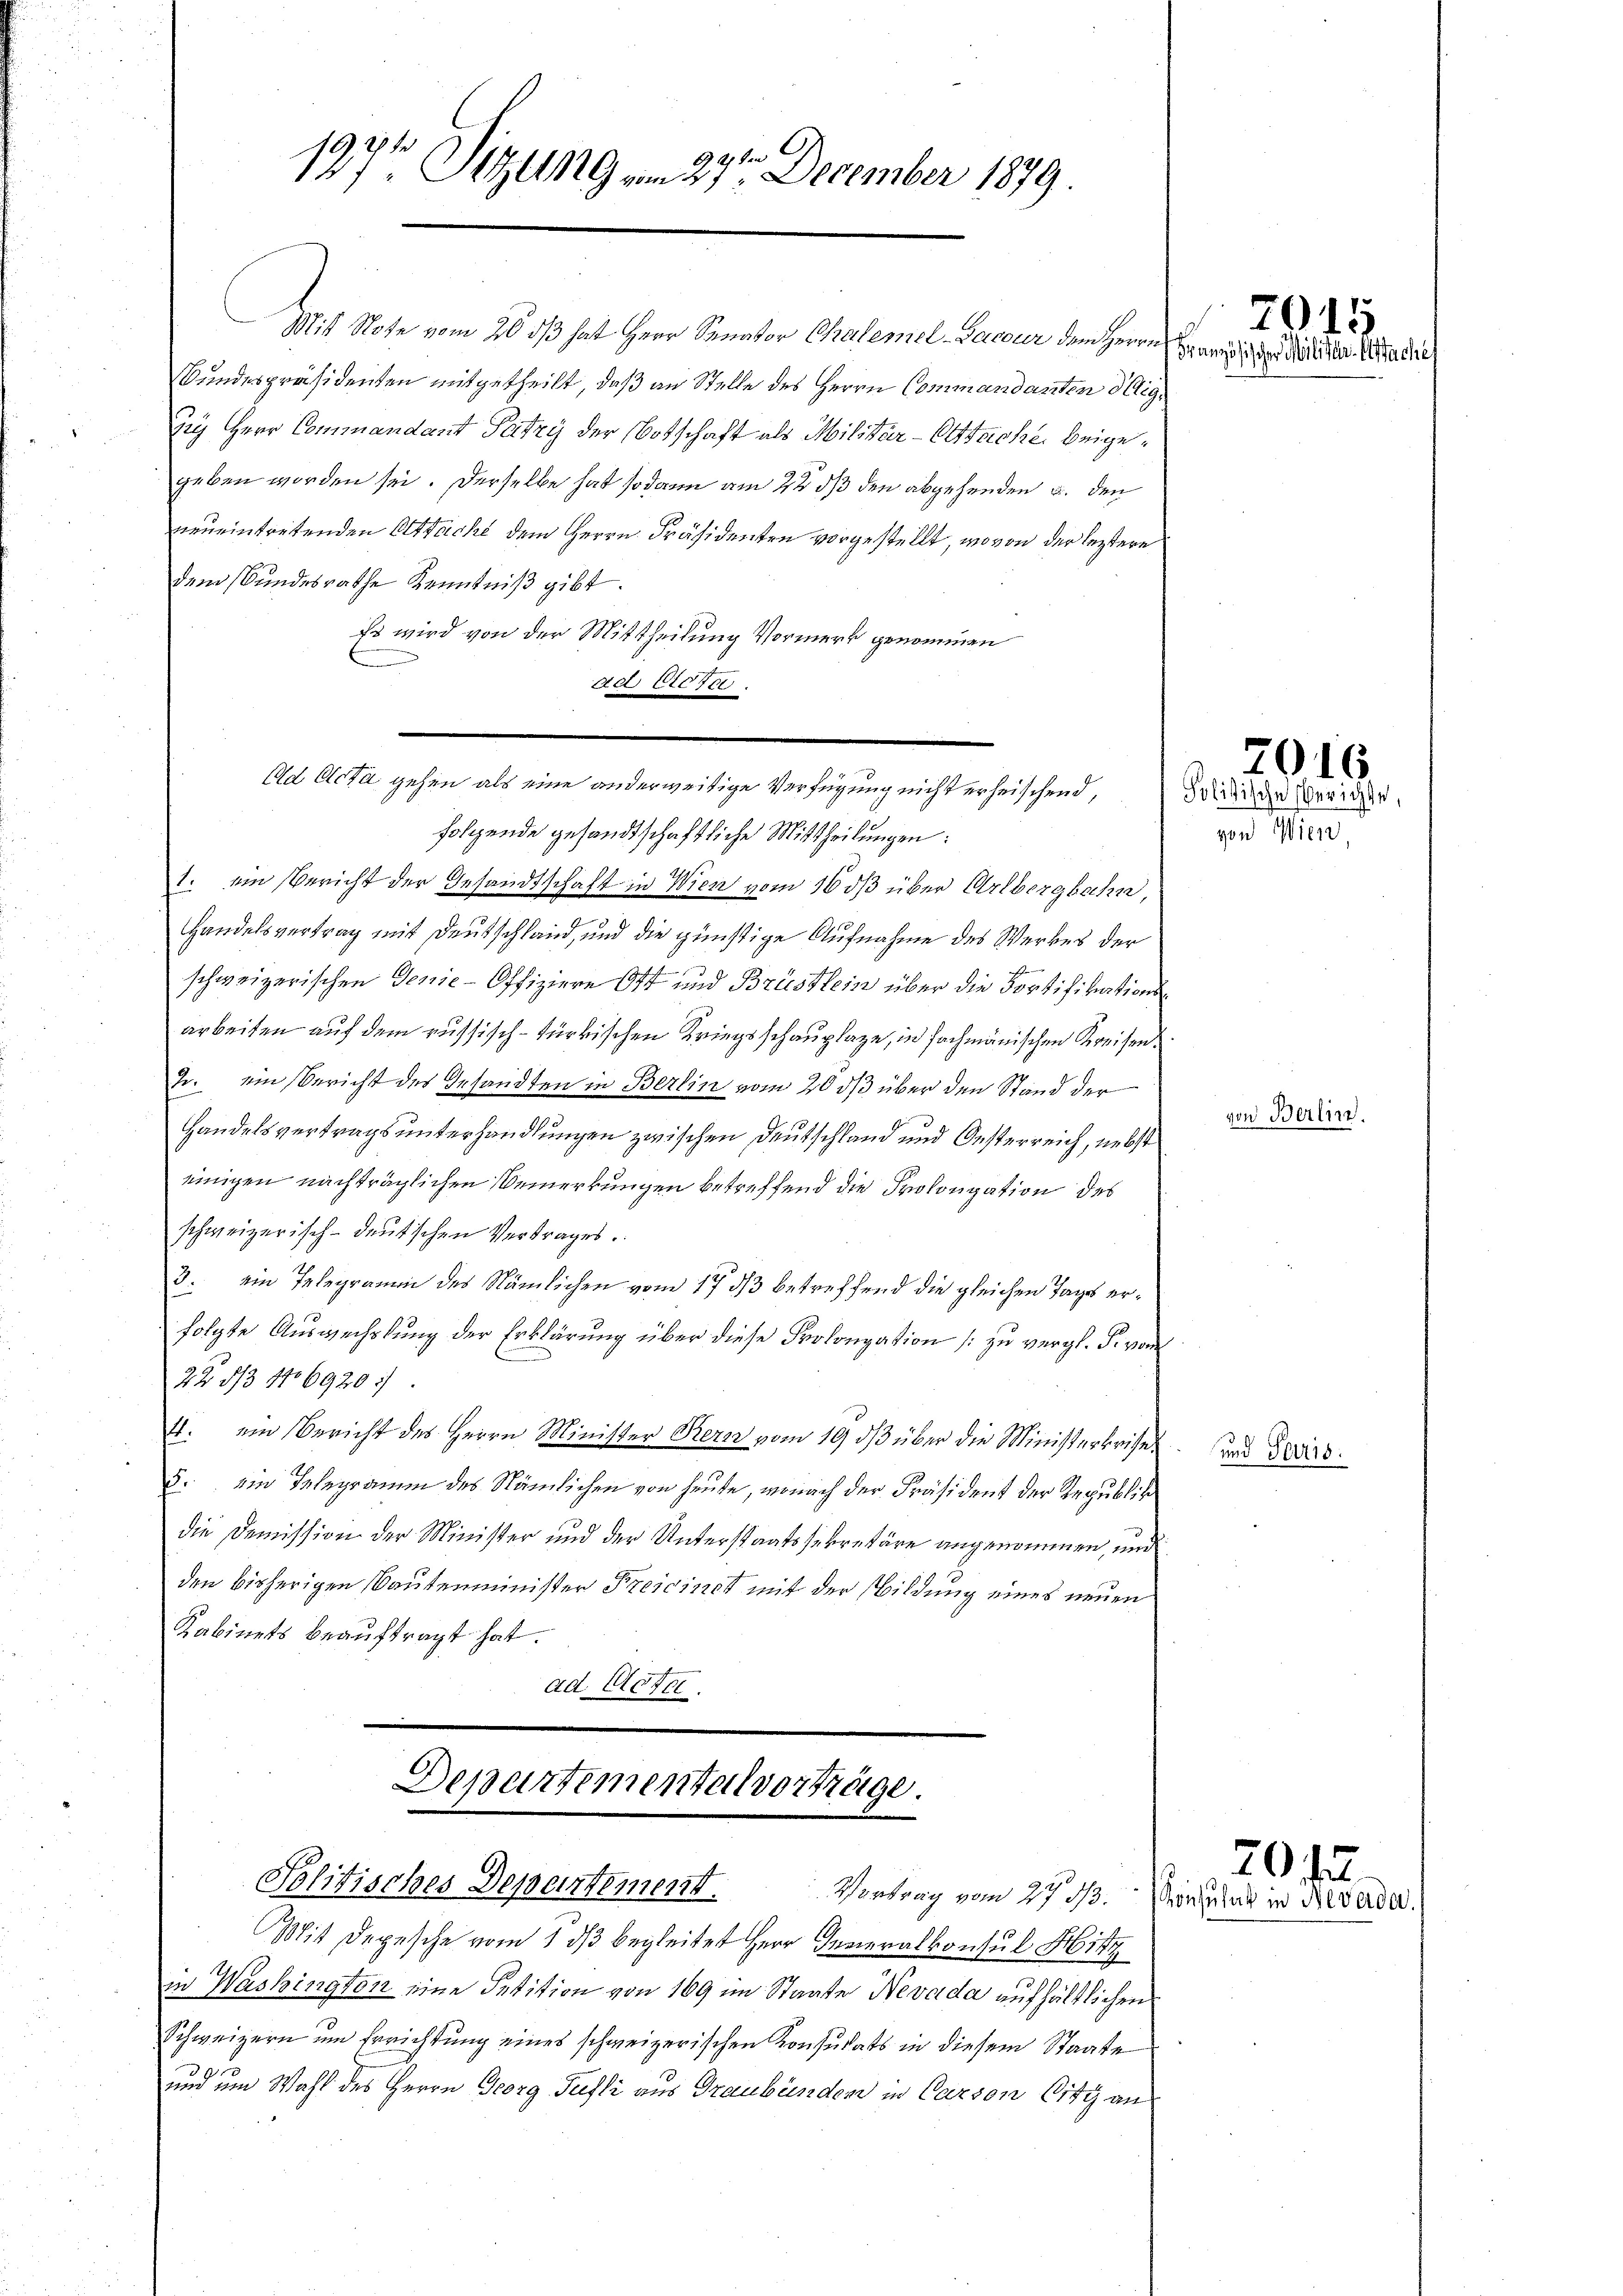
ken
197t Sitzung vom 27. December 1879.

Mit Note vom 20. ds hat Herr Senator Chalemel-Dacour dem Herrn Hand der Gulden Acta die
Bundespräsidenten mitgetheilt, daß an Stelle des Herrn Commandanten Sig¬
Zig Herr Commandant Patzy der Botschaft als Militär-Otttache, beigegeben worden sei. Derselbe hat sodann am 22. ds den abgehenden u. den
neueintretenden Attacht dem Herrn Präsidenten vorgestellt, wovon der leztere
dem Bundesrathe Kenntniß gibt.
Es wird von der Mittheilung Vormerk genommen
ad 11076.

Ad Acta gehen als eine anderweitige Verfügung nicht erheischend,

Departemental vorträge.
Politisches Departement.

folgende gesandtschaftliche Mittheilungen:
1. ein Bericht der Gesandtschaft in Wien vom 16 ds über Arlbergbahn,
Handelsvertrag mit Deutschland, und die günstige Aufnahme des Werkes der
schweizerischen Genie-Offiziere Ott und Brüstlein über die Fortifikationsarbeiten auf dem russisch-türkischen Kriegsschauplaze, in fachmänischen Kreisen.
J. ein Bericht des Gesandten in Berlin vom 20 d/3 über den Stand der
Handelsvertrags unterhandlungen zwischen Deutschland und Oesterreich, nebst
einigen nachträglichen Bemerkungen betreffend die Prolongation des
schweizerisch-deutschen Vertrages.
3. ein Telegramm des Nämlichen vom 17. ds betreffend die gleichen Tages erfolgte Auswechslung der Erklärung über diese Prolongation (: zu vergl. Pr. von
22 1/3 106920:
4. ein Bericht des Herrn Minister Kern vom 19. dβ über die Ministerkrise¬
5. ein Telegramm des Nämlichen von heute, wonach der Präsident der Republiche
die Demission der Minister und der Unterstaatssekretäre angenommen, und
den bisherigen Bautenminister Preisinet mit der Bildung eines neuen
Kabinets beauftragt hat.
ad Hotel.

Mit Depesche vom 1 dβ begleitet Herr Generalkonsul Hitz
in Washington eine Petition von 169 im Staate Nevada aufhältlichen
Schweizern um Errichtung eines schweizerischen Konsulats in diesem Staate
und um Wahl des Herrn Georg Juli aus Graubünden in Carron City an

Vortrag vom 27. d. Konsulat in Alber

7015

2016
Folitische Berichte
ver Min

von Berlin.

und Paris.

7012